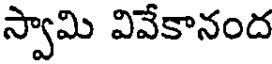
స్వామి వివేకానంద